Causation and prevention of malarial fevers: a statement of the results of researches drawn up for the use of assistant surgeons, hospital assistants and students
Disease focus: Malaria
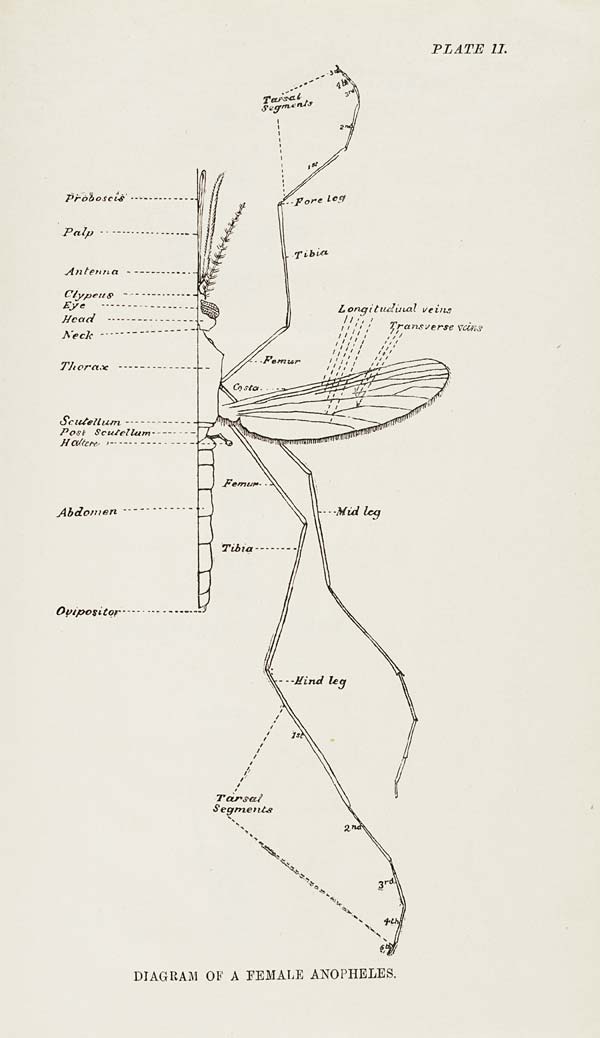
PLATE II.
DIAGRAM OF A FEMALE ANOPHELES.